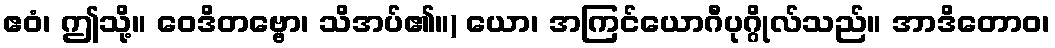
ဧဝံ၊ ဤသို့။ ဝေဒိတဗ္ဗော၊ သိအပ်၏။) ယော၊ အကြင်ယောဂီပုဂ္ဂိုလ်သည်။ အာဒိတောဝ၊